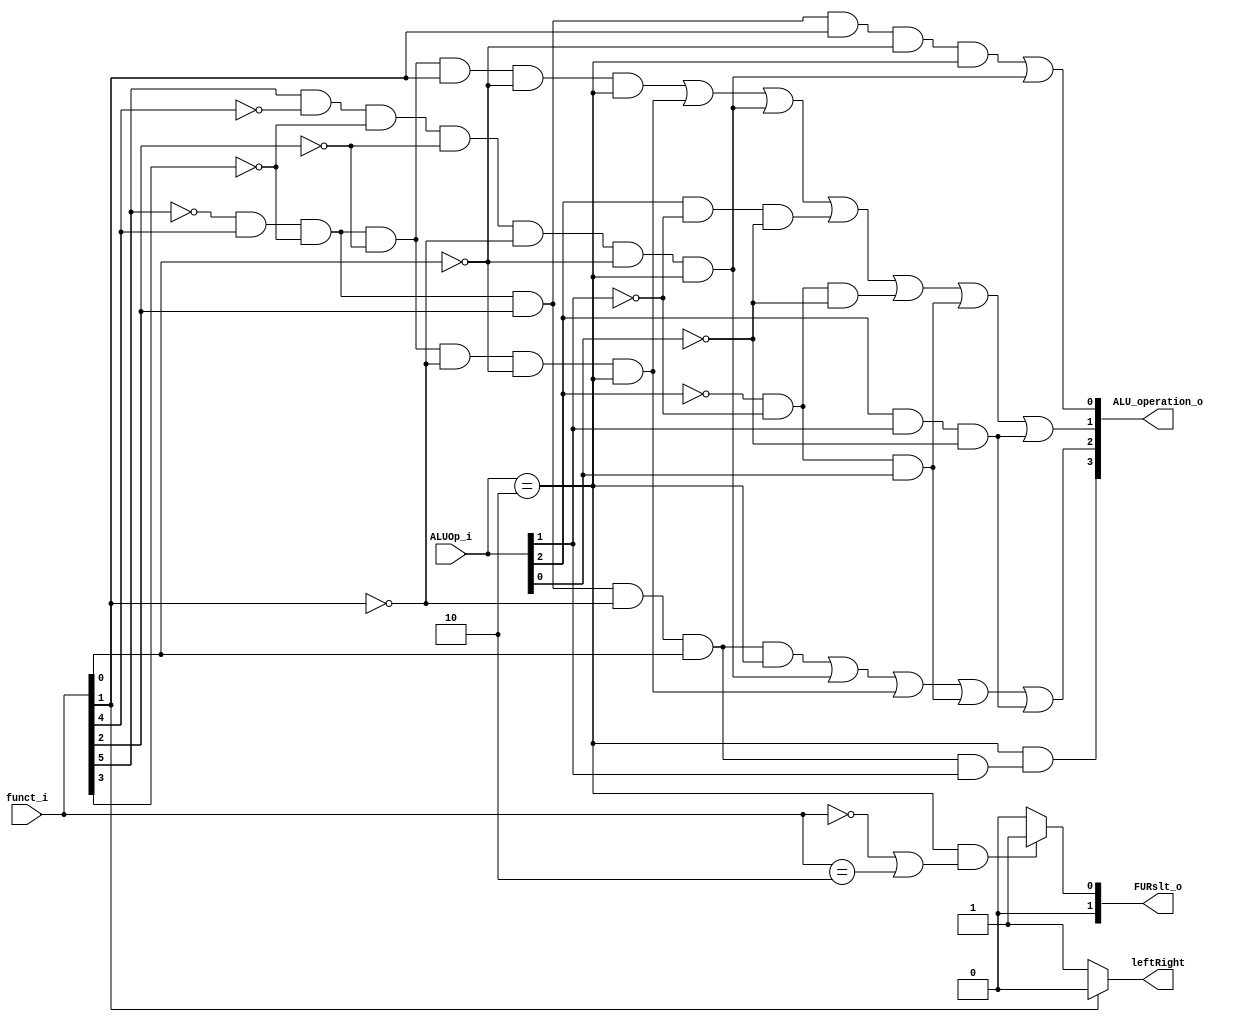
module ALU_Ctrl( funct_i, ALUOp_i, ALU_operation_o, FURslt_o,leftRight);

//I/O ports 
input      [6-1:0] funct_i;
input      [3-1:0] ALUOp_i;

output     [4-1:0] ALU_operation_o;  
output     [2-1:0] FURslt_o;
output 			leftRight;
//Internal Signals
wire		[4-1:0] ALU_operation_o;
wire		[2-1:0] FURslt_o;
wire 			leftRight;
//Main function
/*your code here*/
assign ALU_operation_o[3]=(ALUOp_i==2&&(~funct_i[5] & funct_i[4] & ~funct_i[3] & funct_i[2] & ~funct_i[1] & funct_i[0] & ALUOp_i[1]));//NOR

assign ALU_operation_o[2]=(~funct_i[5] & funct_i[4] & ~funct_i[3] & funct_i[2] & ~funct_i[1] & funct_i[0] & ALUOp_i==2)|//Nor
			  (funct_i[5] & ~funct_i[4] & ~funct_i[3] & ~funct_i[2] & ~funct_i[1] & ~funct_i[0] & ALUOp_i==2)|//slt
			  (~funct_i[5] & funct_i[4] & ~funct_i[3] & ~funct_i[2] & ~funct_i[1] & ~funct_i[0] & ALUOp_i==2)|//sub
 			  (~ALUOp_i[2] & ~ALUOp_i[1]& ALUOp_i[0]) | (ALUOp_i[2] & ALUOp_i[1]& ~ALUOp_i[0]);//bne beq;

assign ALU_operation_o[1]=(~funct_i[5] & funct_i[4] & ~funct_i[3] & ~funct_i[2] & funct_i[1] & ~funct_i[0] & ALUOp_i==2)|//add
			  (~funct_i[5] & funct_i[4] & ~funct_i[3] & ~funct_i[2] & ~funct_i[1] & ~funct_i[0] & ALUOp_i==2)|//sub
			  (funct_i[5] & ~funct_i[4] & ~funct_i[3] & ~funct_i[2] & ~funct_i[1] & ~funct_i[0] & ALUOp_i==2)|//slt
			  (ALUOp_i[2] & ~ALUOp_i[1]& ~ALUOp_i[0])|//addi
			  (~ALUOp_i[2] & ~ALUOp_i[1]& ~ALUOp_i[0])|//lw sw
			  (~ALUOp_i[2] & ~ALUOp_i[1]& ALUOp_i[0]) | (ALUOp_i[2] & ALUOp_i[1]& ~ALUOp_i[0]);//bne beq

assign ALU_operation_o[0]=(~funct_i[5] & funct_i[4] & ~funct_i[3] & funct_i[2] & funct_i[1] & ~funct_i[0] & ALUOp_i==2)|//OR
			  (funct_i[5] & ~funct_i[4] & ~funct_i[3] & ~funct_i[2] & ~funct_i[1] & ~funct_i[0] & ALUOp_i==2);//SLT

//assign FURslt_o=( funct_i[5] & funct_i[4] & funct_i[3] & funct_i[2] & funct_i[1] & funct_i[0]& (funct_i==0||funct_i==2))?1:0;
assign FURslt_o=(ALUOp_i==2&&(funct_i==0||funct_i==2))?1:0;

assign leftRight=(funct_i[1])?0:1;

endmodule